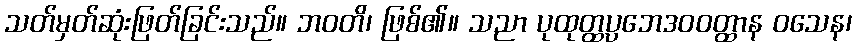
သတ်မှတ်ဆုံးဖြတ်ခြင်းသည်။ ဘဝတိ၊ ဖြစ်၏။ သညာ ပုထုတ္ထပ္ပဘေဒဝဝတ္ထာန ဝသေန၊